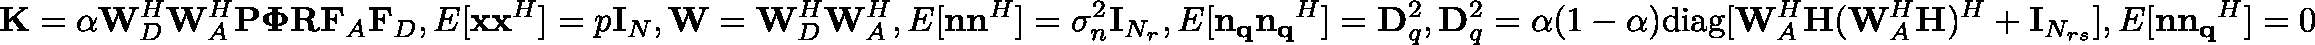
{ \mathbf { K } } = \alpha \mathbf { W } _ { D } ^ { H } \mathbf { W } _ { A } ^ { H } \mathbf { P } \mathbf { \Phi } \mathbf { R } \mathbf { F } _ { A } \mathbf { F } _ { D } , E [ { \mathbf { x } } { \mathbf { x } } ^ { H } ] = p { \mathbf { I } _ { N } } , \mathbf { W } = \mathbf { W } _ { D } ^ { H } \mathbf { W } _ { A } ^ { H } , E [ { \mathbf { n } } { \mathbf { n } } ^ { H } ] = { \sigma _ { n } ^ { 2 } } { \mathbf { I } _ { N _ { r } } } , E [ { \mathbf { n _ { q } } } { \mathbf { n _ { q } } } ^ { H } ] = \mathbf { D } _ { q } ^ { 2 } , \mathbf { D } _ { q } ^ { 2 } = \alpha ( 1 - \alpha ) { \mathrm { d i a g } } [ { \mathbf { W } _ { A } ^ { H } } { \mathbf { H } } ( { \mathbf { W } _ { A } ^ { H } } { \mathbf { H } } ) ^ { H } + { \mathbf { I } _ { N _ { r s } } } ] , E [ { \mathbf { n } } { \mathbf { n _ { q } } } ^ { H } ] = 0